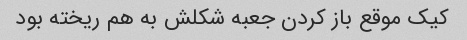
کیک موقع باز کردن جعبه شکلش به هم ریخته بود